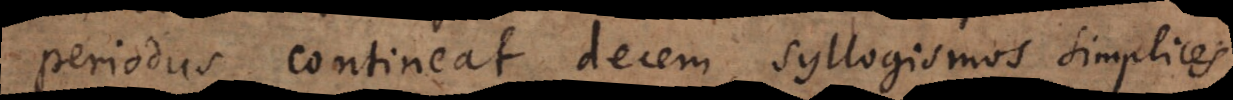
periodus contineat decem syllogismos simplices,